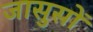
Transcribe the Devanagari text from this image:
जासुसों